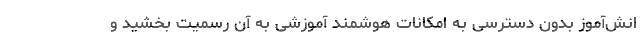
انش‌آموز بدون دسترسی به امکانات هوشمند آموزشی به آن رسمیت بخشید و